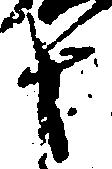
十